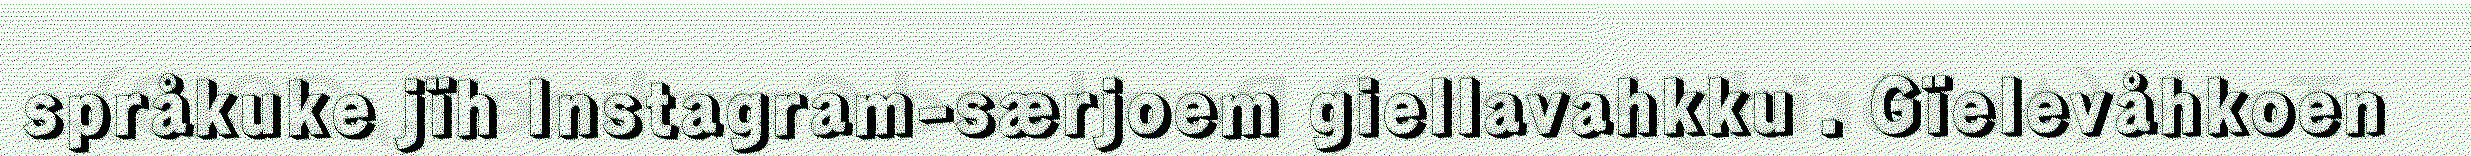
språkuke jïh Instagram-særjoem giellavahkku . Gïelevåhkoen